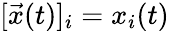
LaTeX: [\vec{x}(t)]_{i}=x_{i}(t)